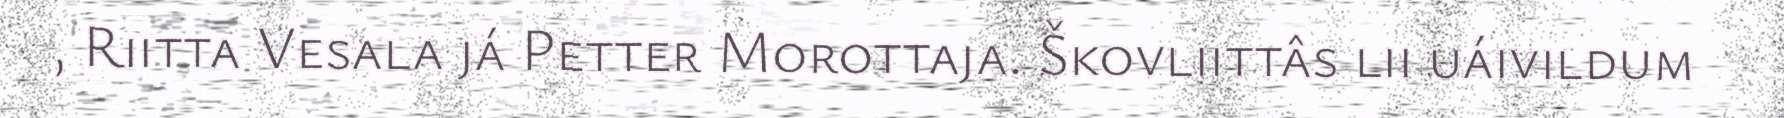
, Riitta Vesala já Petter Morottaja. Škovliittâs lii uáivildum